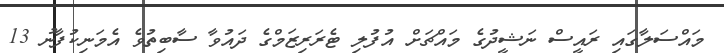
މައްސަލާގައި ރައީސް ނަޝީދުގެ މައްޗަށް އުފުލި ޓެރަރިޒަމްގެ ދައުވާ ސާބިތުވެ އެމަނިކުފާނު 13